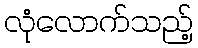
လုံလောက်သည့်